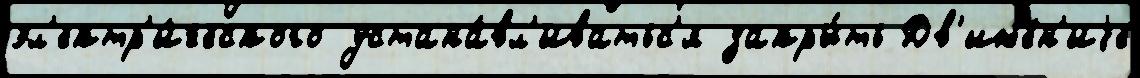
эл'ектр'и́ческого устана́вл'иватьс'я закры́ть Дв'иже́н'иjе